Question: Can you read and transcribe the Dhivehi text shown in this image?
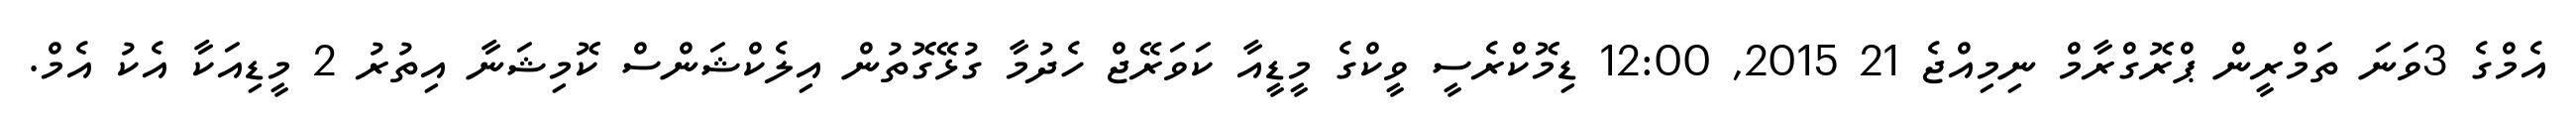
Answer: އެމްގެ 3ވަނަ ތަމްރީން ޕްރޮގްރާމް ނިމިއްޖެ 21 2015, 12:00 ޑިމޮކްރެސީ ވީކްގެ މީޑީއާ ކަވަރޭޖް ހެދުމާ ގުޅޭގޮތުން އިލެކްޝަންސް ކޮމިޝަނާ އިތުރު 2 މީޑިއަކާ އެކު އެމް.